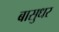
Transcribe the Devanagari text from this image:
बासुधर